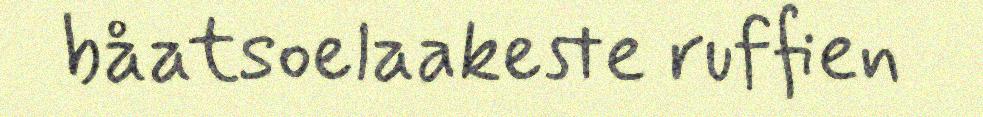
båatsoelaakeste ruffien